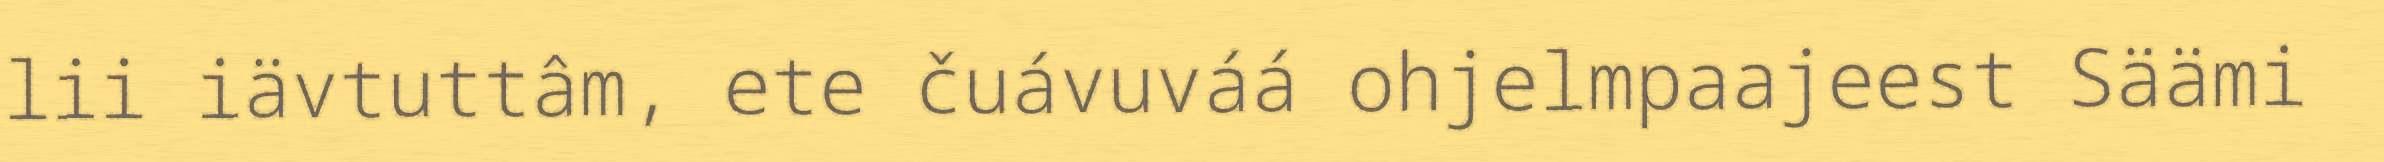
lii iävtuttâm, ete čuávuváá ohjelmpaajeest Säämi